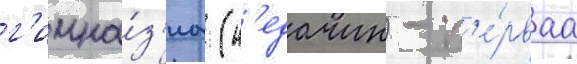
г'имна́з'иа (н'едачин) - п'е́рваа